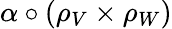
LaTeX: \alpha\circ(\rho_{V}\times\rho_{W})